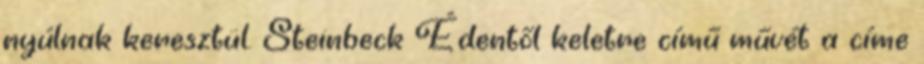
nyúlnak keresztül. Steinbeck Édentől keletre című művét a címe